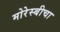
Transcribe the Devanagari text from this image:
मोरेस्बीचा